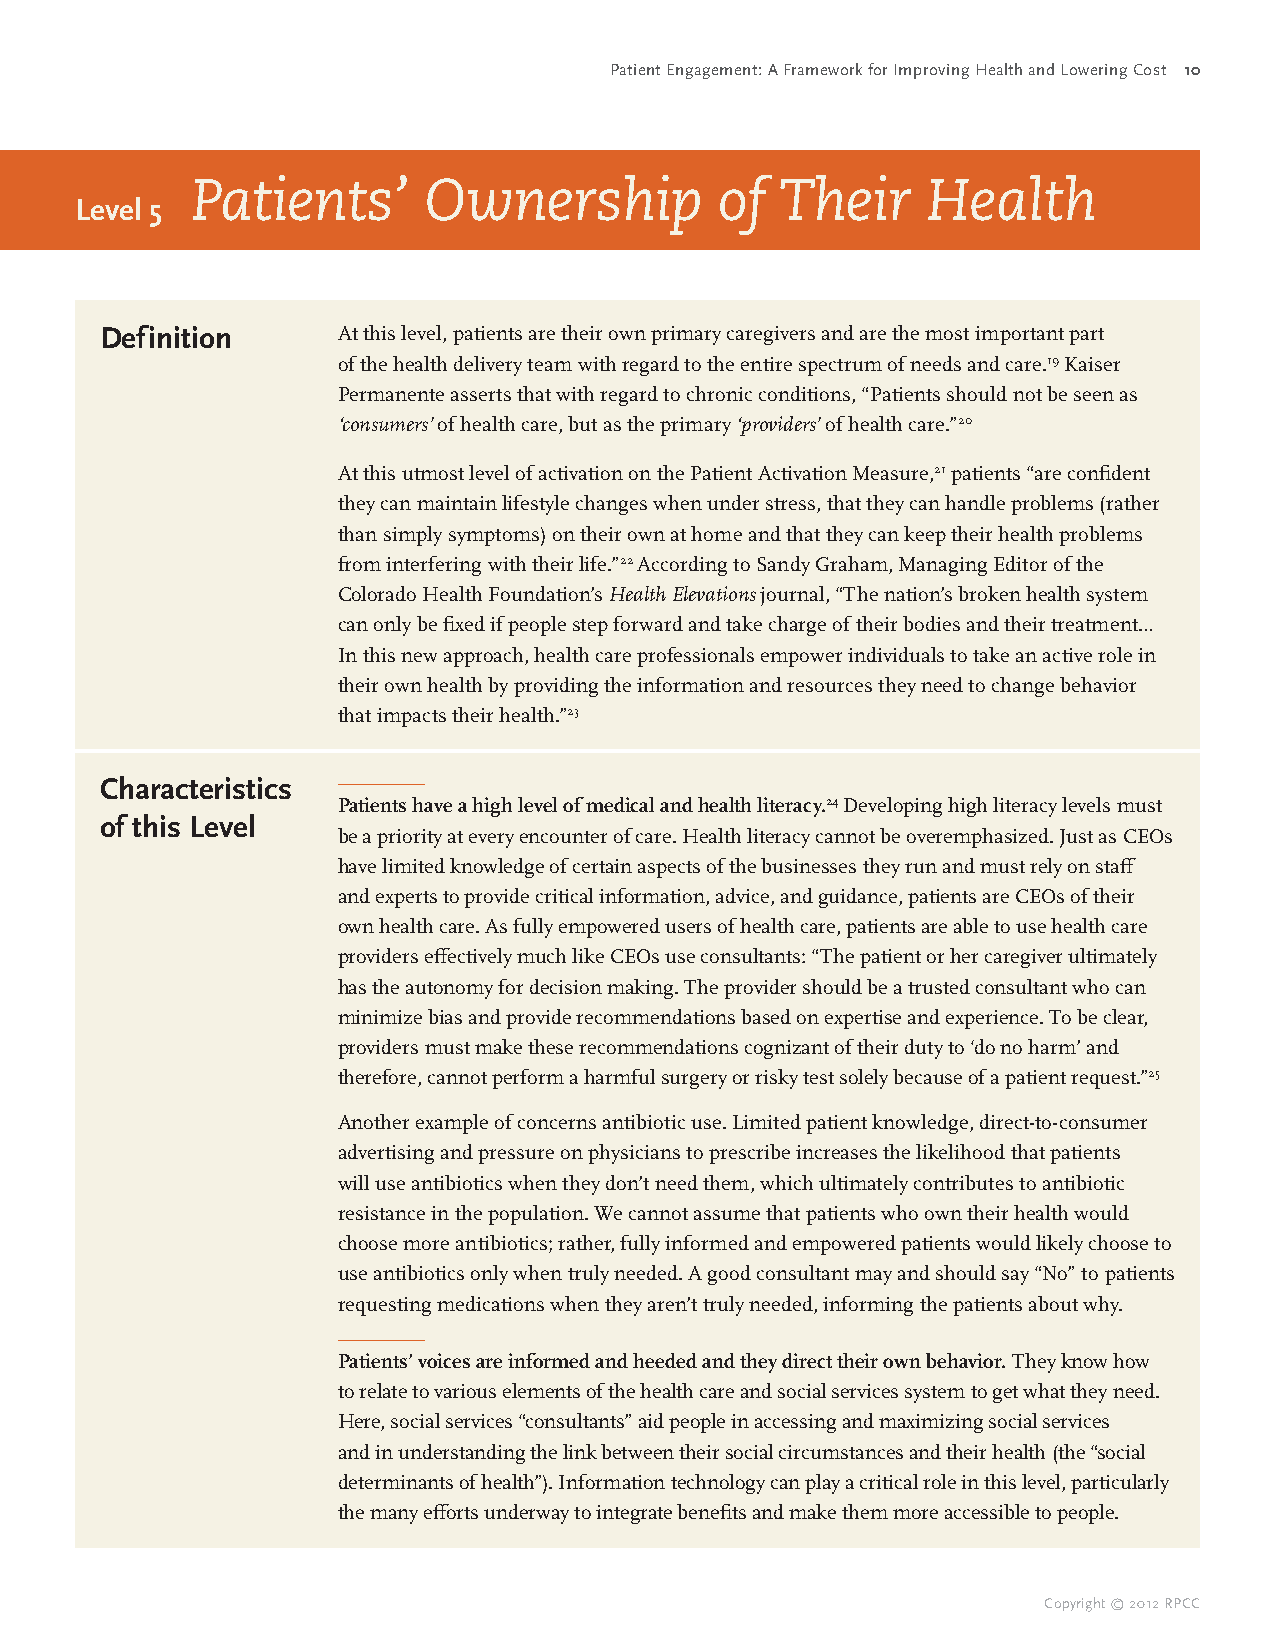
Patient Engagement: A Framework for Improving Health and Lowering Cost 10
 Patients’      Ownership           of  Their    Health
 Level 5
 Definition     At this level, patients are their own primary caregivers and are the most important part
 of the health delivery team with regard to the entire spectrum of needs and care.19 Kaiser
 Permanente asserts that with regard to chronic conditions, “Patients should not be seen as
 ‘consumers’ of health care, but as the primary ‘providers’ of health care.”20
 At this utmost level of activation on the Patient Activation Measure,21 patients “are confident
 they can maintain lifestyle changes when under stress, that they can handle problems (rather
 than simply symptoms) on their own at home and that they can keep their health problems
 from interfering with their life.”22 According to Sandy Graham, Managing Editor of the
 Colorado Health Foundation’s Health Elevations journal, “The nation’s broken health system
 can only be fixed if people step forward and take charge of their bodies and their treatment…
 In this new approach, health care professionals empower individuals to take an active role in
 their own health by providing the information and resources they need to change behavior
 that impacts their health.”23
 Characteristics
 Patients have a high level of medical and health literacy.24 Developing high literacy levels must
 of this Level
 be a priority at every encounter of care. Health literacy cannot be overemphasized. Just as CEOs
 have limited knowledge of certain aspects of the businesses they run and must rely on staff
 and experts to provide critical information, advice, and guidance, patients are CEOs of their
 own health care. As fully empowered users of health care, patients are able to use health care
 providers effectively much like CEOs use consultants: “The patient or her caregiver ultimately
 has the autonomy for decision making. The provider should be a trusted consultant who can
 minimize bias and provide recommendations based on expertise and experience. To be clear,
 providers must make these recommendations cognizant of their duty to ‘do no harm’ and
 therefore, cannot perform a harmful surgery or risky test solely because of a patient request.”25
 Another example of concerns antibiotic use. Limited patient knowledge, direct-to-consumer
 advertising and pressure on physicians to prescribe increases the likelihood that patients
 will use antibiotics when they don’t need them, which ultimately contributes to antibiotic
 resistance in the population. We cannot assume that patients who own their health would
 choose more antibiotics; rather, fully informed and empowered patients would likely choose to
 use antibiotics only when truly needed. A good consultant may and should say “No” to patients
 requesting medications when they aren’t truly needed, informing the patients about why.
 Patients’ voices are informed and heeded and they direct their own behavior. They know how
 to relate to various elements of the health care and social services system to get what they need.
 Here, social services “consultants” aid people in accessing and maximizing social services
 and in understanding the link between their social circumstances and their health (the “social
 determinants of health”). Information technology can play a critical role in this level, particularly
 the many efforts underway to integrate benefits and make them more accessible to people.
 Copyright © 2012 RPCC